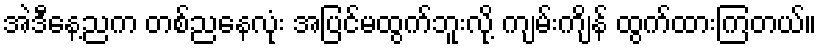
အဲဒီနေ့ညက တစ်ညနေလုံး အပြင်မထွက်ဘူးလို့ ကျမ်းကျိန် ထွက်ထားကြတယ်။